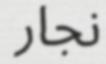
نجار